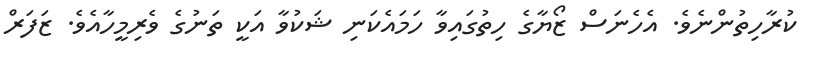
ކުރާހިތުންނެވެ. އެހެނަސް ޒޯޔާގެ ހިތުގައިވާ ހަމައެކަނި ޝަކުވާ އަކީ ތަނުގެ ވެރިމީހާއެވެ. ޒަފަރް